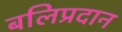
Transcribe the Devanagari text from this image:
बलिप्रदान